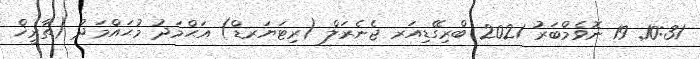
10:31